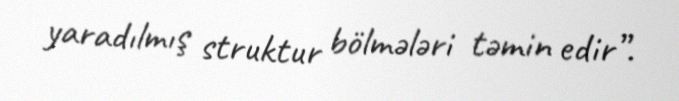
yaradılmış struktur bölmələri təmin edir”.